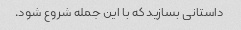
داستانی بسازید که با این جمله شروع شود.